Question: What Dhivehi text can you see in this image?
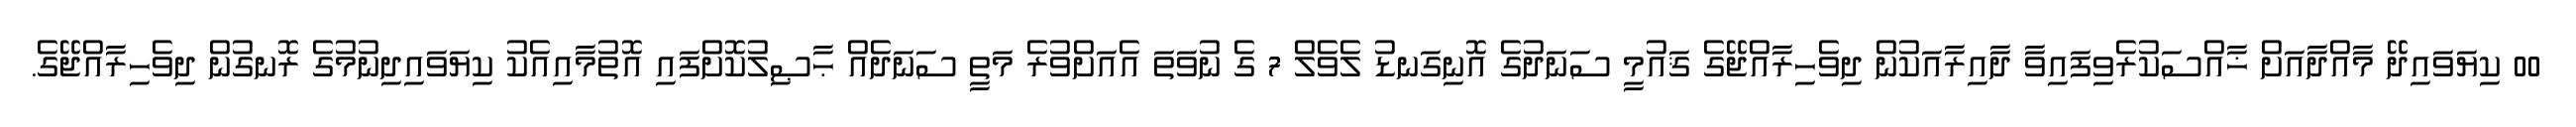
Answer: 00 ކިޔަވައިދޭ މާއްދާއަށް ޚާއްސަކުރެވިފައިވާ ދާއިރާއަކުން ދިވެހިރާއްޖޭގެ ޤައުމީ ސަނަދުގެ އޮނިގަނޑު ލެވެލް 7 ގެ ނުވަތަ އެއަށްވުރެ މަތީ ސަނަދެއް ޙާޞިލުކޮށްފައި އޮތުމާއިއެކު ކިޔަވައިދިނުމުގެ ރޮނގުން ދިވެހިރާއްޖޭގެ.